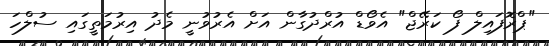
"ޕްރޮފައިލް ފޯ ކަރޭޖް" އެވޯޑް އުރްދުގާން އަށް އެރުވުނީ މެދު އިރުމަތީގަައި ސުލްހަ